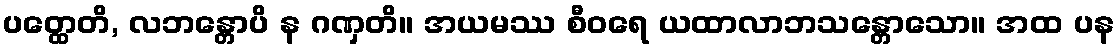
ပတ္ထေတိ, လဘန္တောပိ န ဂဏှတိ။ အယမဿ စီဝရေ ယထာလာဘသန္တောသော။ အထ ပန